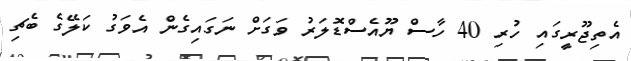
އެތިޖޫރީގައި ހުރި 40 ހާސް ޔޫއެސްޑޮލަރު ވަގަށް ނަގައިގެން އެވަގު ކަލޭގެ ބެޗި